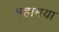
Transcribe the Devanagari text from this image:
महामया